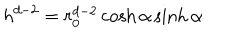
h ^ { d - 2 } = r _ { 0 } ^ { d - 2 } \cosh \alpha \sinh \alpha